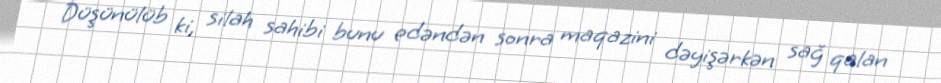
Düşünülüb ki, silah sahibi bunu edəndən sonra maqazini dəyişərkən sağ qalan